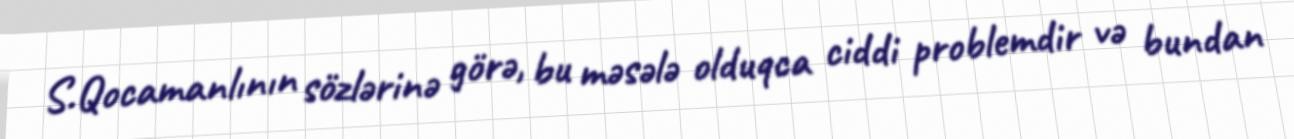
S.Qocamanlının sözlərinə görə, bu məsələ olduqca ciddi problemdir və bundan